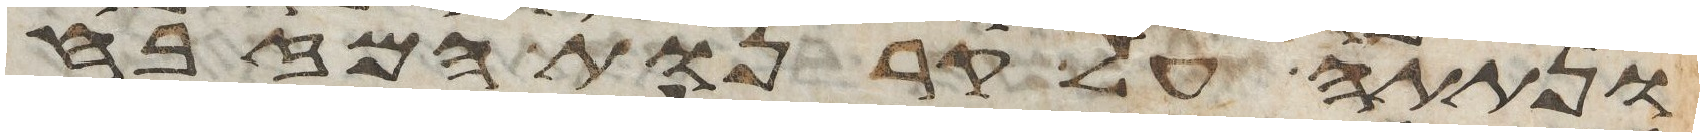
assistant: ונתתה על קרנות המזבח